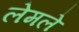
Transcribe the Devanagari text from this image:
लेमले